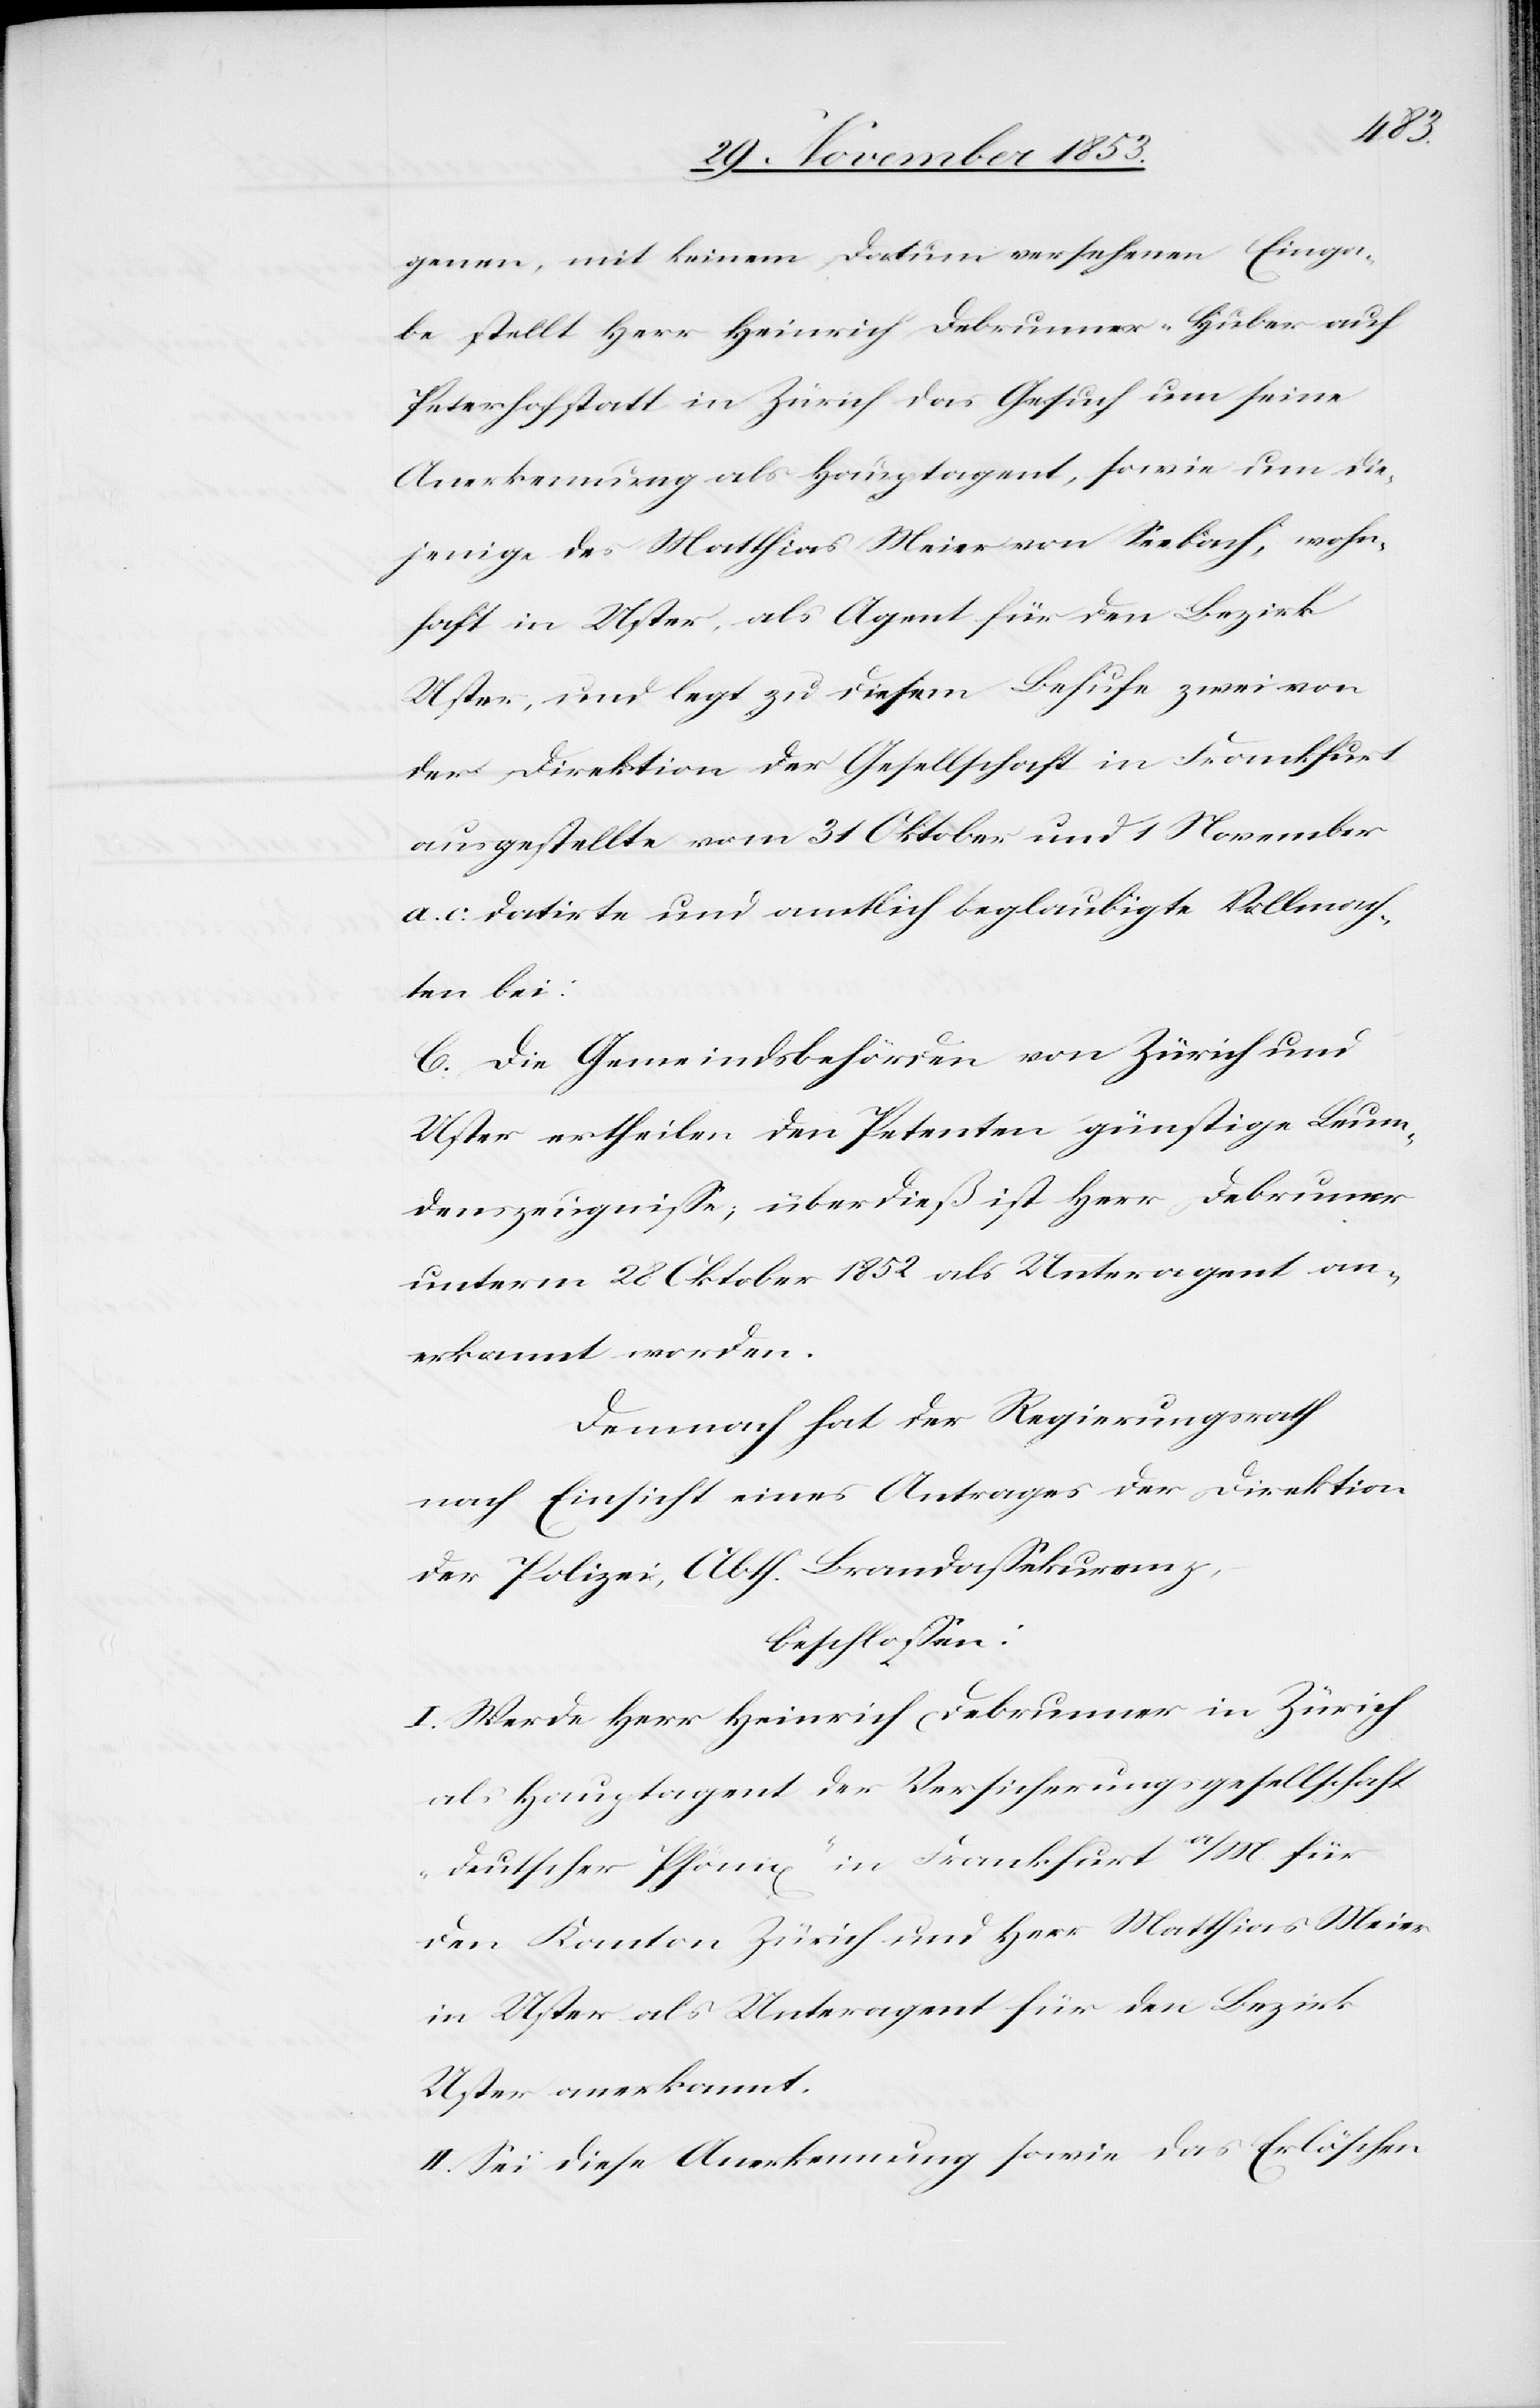
genen, mit keinem Datum versehenen Einga¬
be stellt Herr Heinrich Debrunner-Huber auf
Peterhofstatt in Zürich das Gesuch um seine
Anerkennung als Hauptagent, sowie um die¬
jenige des Matthias Meier von Seebach, wohn¬
haft in Uster, als Agent für den Bezirk
Uster, und legt zu diesem Behufe zwei von
der Direktion der Gesellschaft in Frankfurt
ausgestellte vom 31 Oktober und 1 November
a. c. datirte und amtlich beglaubigte Vollmach¬
ten bei:
C. Die Gemeindsbehörden von Zürich und
Uster ertheilen den Petenten günstige Leum¬
denszeugniße, über dieß ist Herr Debrunner
unterm 28 Oktober 1852 als Unteragent an¬
erkannt worden.
Demnach hat der Regierungsrath
nach Einsicht eines Antrages der Direktion
der Polizei, Abth. Brandaßekuranz,
beschloßen:
I. Werde Herr Heinrich Debrunner in Zürich
als Hautptagent der Versicherungsgesellschaft
„deutscher Phönix“ in Frankfurt a/M. für
den Kanton Zürich und Herr Matthias Meier
in Uster als Unteragent für den Bezirk
Uster anerkannt.
II. Sei diese Anerkennung sowie das Erlöschen